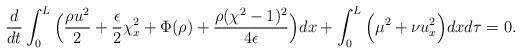
LaTeX: \begin{align*}\frac{d}{dt}\int_0^L\Big(\frac{\rho u^2}{2}+\frac{\epsilon}{2}\chi_x^2+\Phi(\rho)+\frac{\rho(\chi^2-1)^2}{4\epsilon}\Big)dx+\int_0^L\Big(\mu^2+\nu u^2_x\Big)dxd\tau=0.\end{align*}